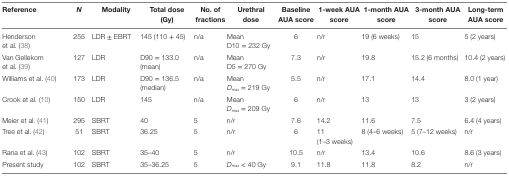
| Reference | N | Modality | Total dose (Gy) | No. of fractions | Urethral dose | Baseline AUA score | 1-week AUA score | 1-month AUA score | 3-month AUA score | Long-term AUA score |
 | --- | --- | --- | --- | --- | --- | --- | --- | --- | --- | --- |
 | Henderson et al. (38) | 255 | LDR ± EBRT | 145 (110 + 45) | n/a | Mean D10 = 232 Gy | 6 | n/r | 19 (6 weeks) | 15 | 5 (2 years) |
 | Van Gellekom et al. (39) | 127 | LDR | D90 = 133.0 (mean) | n/a | Mean D5 = 270 Gy | 7.3 | n/r | 19.8 | 15.2 (6 months) | 10.4 (2 years) |
 | Williams et al. (40) | 173 | LDR | D90 = 136.5 (median) | n/a | Mean Dmax = 219 Gy | 5.5 | n/r | 17.1 | 14.4 | 8.0 (1 year) |
 | Crook et al. (10) | 150 | LDR | 145 | n/a | Mean Dmax = 209 Gy | 6 | n/r | 13 | 13 | 3 (2 years) |
 | Meier et al. (41) | 295 | SBRT | 40 | 5 | n/r | 7.6 | 14.2 | 11.6 | 7.5 | 6.4 (4 years) |
 | Tree et al. (42) | 51 | SBRT | 36.25 | 5 | n/r | 6 | 11 (1–3 weeks) | 8 (4–6 weeks) | 5 (7–12 weeks) | n/r |
 | Rana et al. (43) | 102 | SBRT | 35–40 | 5 | n/r | 10.5 | n/r | 13.4 | 10.6 | 8.6 (3 years) |
 | Present study | 102 | SBRT | 35–36.25 | 5 | Dmax < 40 Gy | 9.1 | 11.8 | 11.8 | 8.2 | n/r |